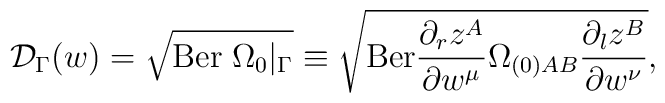
{\cal D}_{\Gamma}(w)=\sqrt{{\rm Ber}\;\Omega_0\vert_{\Gamma}}\equiv \sqrt{{\rm Ber}\frac{\partial _r z^A}{\partial w^{\mu}}\Omega_{(0)AB}\frac{\partial _l z^B}{\partial w^{\nu}}},